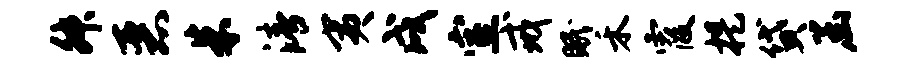
舛恶朱清夷戌室戒眠禾霞提贷函